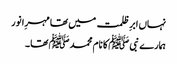
نہاں ابرِ ظلمت میں تھا مہرِا نور
ہمارے نبی ﷺ کا نام محمد ﷺ تھا ۔